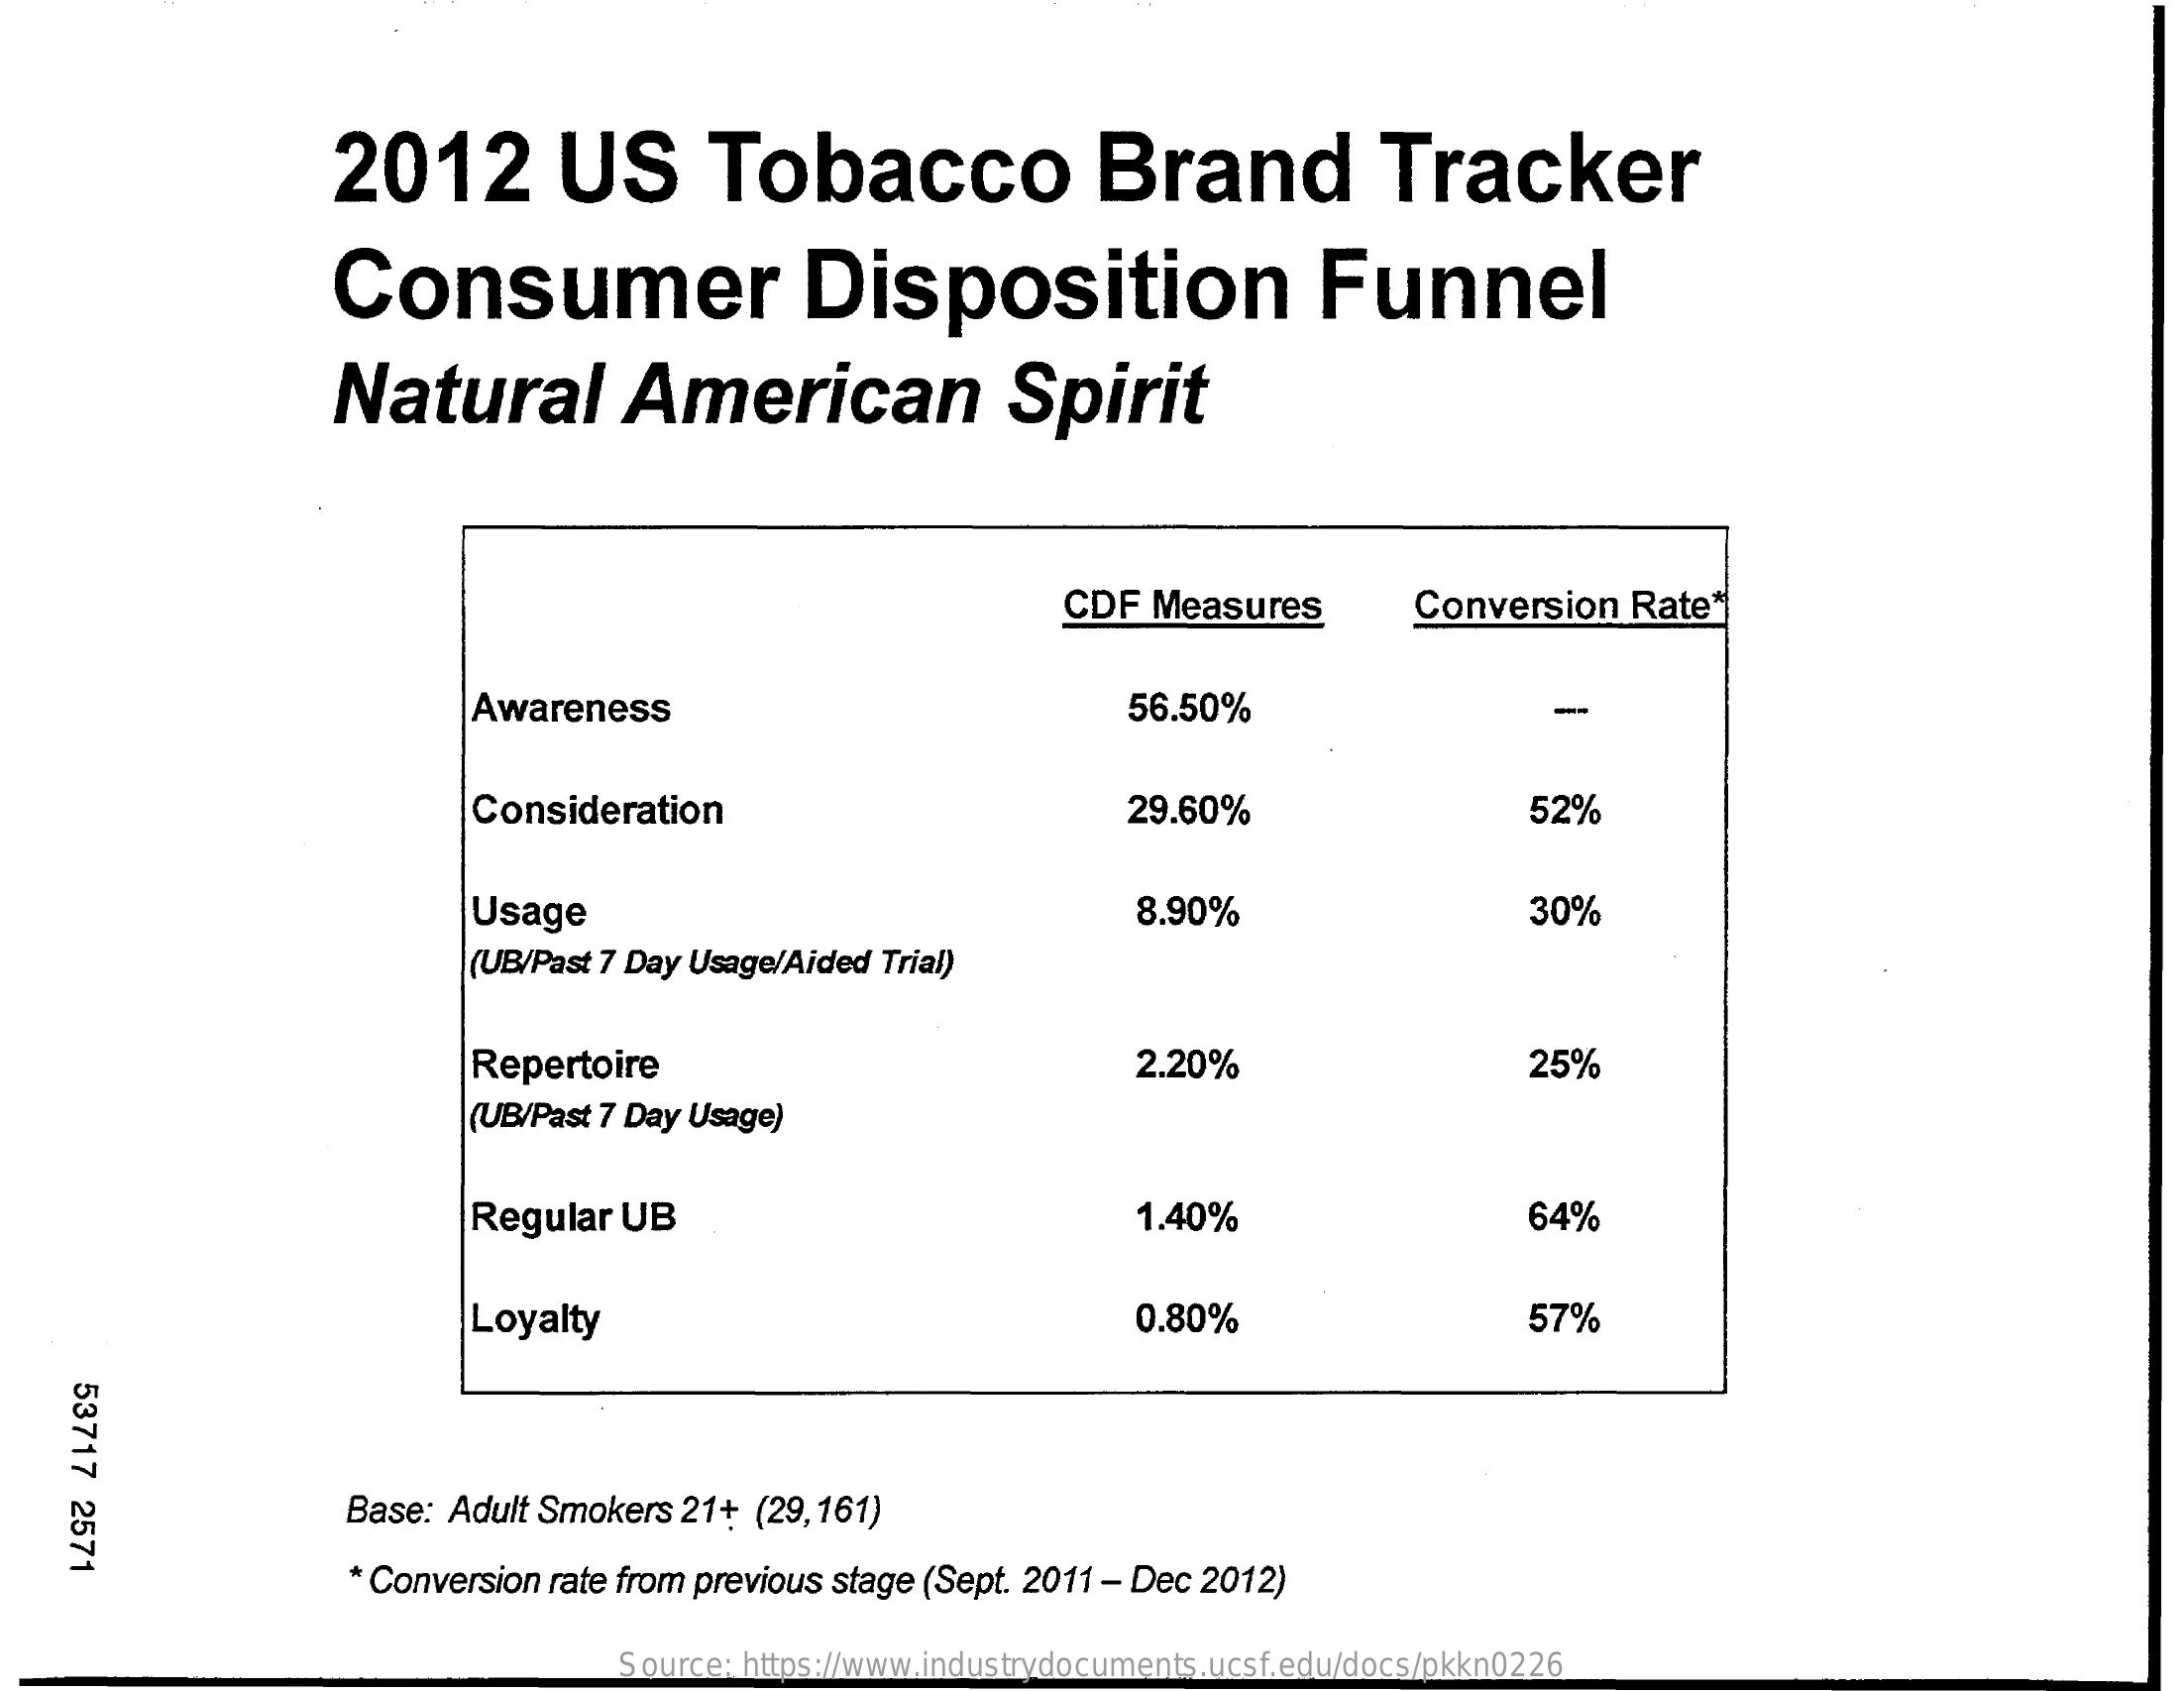
2012    US    Tobacco    Brand    Tracker
     Consumer    Disposition    Funnel
     Natural    American    Spirit
     CDF  Measures    Conversion   Rate*
     Awareness    56.50%    -
     Consideration    29.60%    52%
     Usage    8.90%    30%
     (UB/Past 7 Day Usage/Aided Trial)
     Repertoire    2.20%    25%
     (UB/Past 7 Day Usage)
     Regular  UB    1.40%    64%
     Loyalty    0.80%    57%
     53717
     2571
     Base: Adult Smokers  21+ (29,161)
     * Conversion rate from previous stage (Sept. 2011 - Dec 2012)
     Source: https://www.industrydocuments.ucsf.edu/docs/pkkn0226